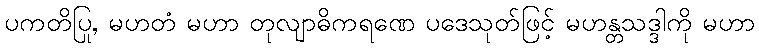
ပကတိပြု, မဟတံ မဟာ တုလျာဓိကရဏေ ပဒေသုတ်ဖြင့် မဟန္တသဒ္ဒါကို မဟာ